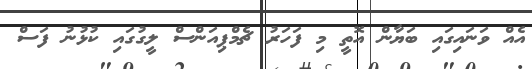
އެއް ވަނައިގައި ބަޔާން އޮތީ މި ފަަހަރު ޗެމްޕިއަންސް ލީގުގައި ކުޅުނު ފަސް